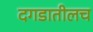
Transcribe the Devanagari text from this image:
दगडातीलच